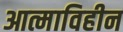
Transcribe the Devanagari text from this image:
आत्माविहीन